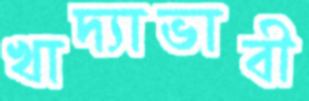
খাদ্যাভাবী